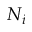
N _ { i }